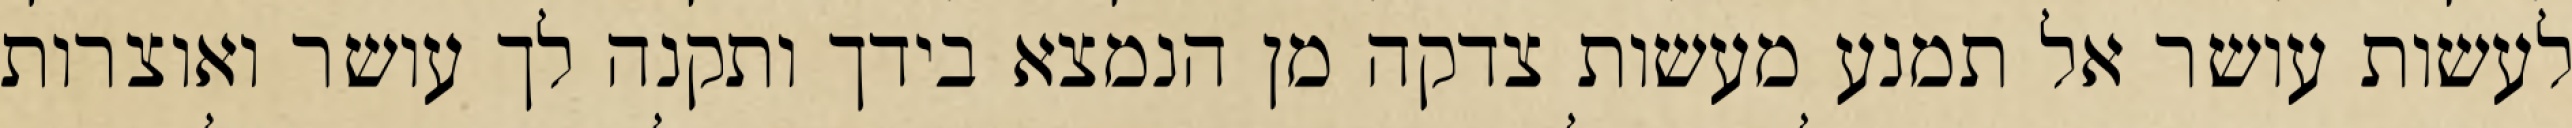
לעשות עושר אל תמנע מעשות צדקה מן הנמצא בידך ותקנה לך עושר ואוצרות